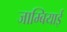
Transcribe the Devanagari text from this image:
जाम्बियाई